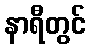
နာရီတွင်